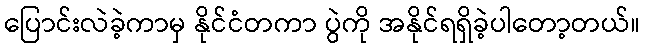
ပြောင်းလဲခဲ့ကာမှ နိုင်ငံတကာ ပွဲကို အနိုင်ရရှိခဲ့ပါတော့တယ်။